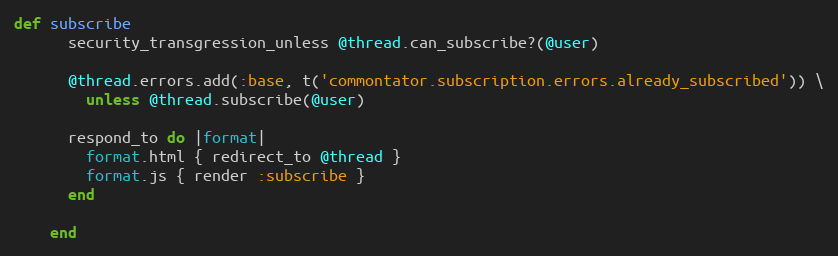
Language: Ruby
def subscribe
      security_transgression_unless @thread.can_subscribe?(@user)

      @thread.errors.add(:base, t('commontator.subscription.errors.already_subscribed')) \
        unless @thread.subscribe(@user)

      respond_to do |format|
        format.html { redirect_to @thread }
        format.js { render :subscribe }
      end

    end